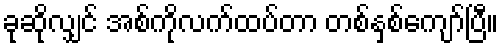
ခုဆိုလျှင် အစ်ကိုလက်ထပ်တာ တစ်နှစ်ကျော်ပြီ။